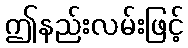
ဤနည်းလမ်းဖြင့်